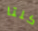
كلتا